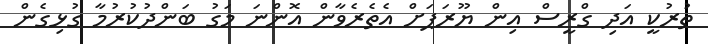
ތުރުކީ އަދި ގްރީސް އިން ޔޫރަޕަށް އެތެރެވާން އޮންނަ މަގު ބަންދުކުރުމާ ގުޅިގެން